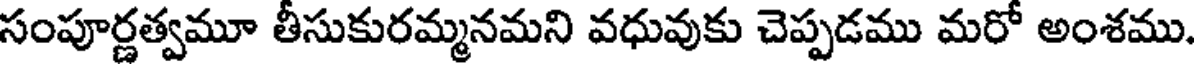
సంపూర్ణత్వమూ తీసుకురమ్మనమని వధువుకు చెప్పడము మరో అంశము.